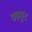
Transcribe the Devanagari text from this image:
छड़कूट